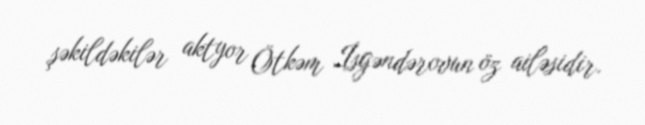
şəkildəkilər aktyor Ötkəm İsgəndərovun öz ailəsidir.